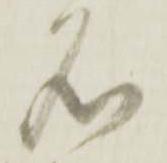
名